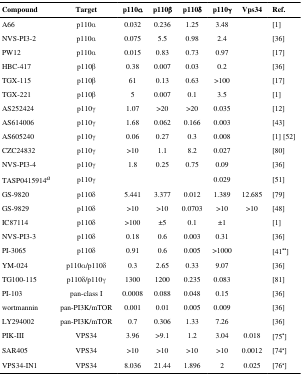
<table><thead><tr><td><b>Compound</b></td><td><b>Target</b></td><td><b>p110α</b></td><td><b>p110β</b></td><td><b>p110δ</b></td><td><b>p110γ</b></td><td><b>Vps34</b></td><td><b>Ref.</b></td></tr></thead><tbody><tr><td>A66</td><td>p110α</td><td>0.032</td><td>0.236</td><td>1.25</td><td>3.48</td><td></td><td>[1]</td></tr><tr><td>NVS-PI3-2</td><td>p110α</td><td>0.075</td><td>5.5</td><td>0.98</td><td>2.4</td><td></td><td>[36]</td></tr><tr><td>PW12</td><td>p110α</td><td>0.015</td><td>0.83</td><td>0.73</td><td>0.97</td><td></td><td>[17]</td></tr><tr><td>HBC-417</td><td>p110β</td><td>0.38</td><td>0.007</td><td>0.03</td><td>0.2</td><td></td><td>[36]</td></tr><tr><td>TGX-115</td><td>p110β</td><td>61</td><td>0.13</td><td>0.63</td><td>&gt;100</td><td></td><td>[17]</td></tr><tr><td>TGX-221</td><td>p110β</td><td>5</td><td>0.007</td><td>0.1</td><td>3.5</td><td></td><td>[1]</td></tr><tr><td>AS252424</td><td>p110γ</td><td>1.07</td><td>&gt;20</td><td>&gt;20</td><td>0.035</td><td></td><td>[12]</td></tr><tr><td>AS614006</td><td>p110γ</td><td>1.68</td><td>0.062</td><td>0.166</td><td>0.003</td><td></td><td>[43]</td></tr><tr><td>AS605240</td><td>p110γ</td><td>0.06</td><td>0.27</td><td>0.3</td><td>0.008</td><td></td><td>[1] [52]</td></tr><tr><td>CZC24832</td><td>p110γ</td><td>&gt;10</td><td>1.1</td><td>8.2</td><td>0.027</td><td></td><td>[80]</td></tr><tr><td>NVS-PI3-4</td><td>p110γ</td><td>1.8</td><td>0.25</td><td>0.75</td><td>0.09</td><td></td><td>[36]</td></tr><tr><td>TASP0415914a</td><td>p110γ</td><td></td><td></td><td></td><td>0.029</td><td></td><td>[51]</td></tr><tr><td>GS-9820</td><td>p110δ</td><td>5.441</td><td>3.377</td><td>0.012</td><td>1.389</td><td>12.685</td><td>[79]</td></tr><tr><td>GS-9829</td><td>p110δ</td><td>&gt;10</td><td>&gt;10</td><td>0.0703</td><td>&gt;10</td><td>&gt;10</td><td>[48]</td></tr><tr><td>IC87114</td><td>p110δ</td><td>&gt;100</td><td>±5</td><td>0.1</td><td>±1</td><td></td><td>[1]</td></tr><tr><td>NVS-PI3-3</td><td>p110δ</td><td>0.18</td><td>0.6</td><td>0.003</td><td>0.31</td><td></td><td>[36]</td></tr><tr><td>PI-3065</td><td>p110δ</td><td>0.91</td><td>0.6</td><td>0.005</td><td>&gt;1000</td><td></td><td>[41<sup>••</sup>]</td></tr><tr><td>YM-024</td><td>p110α/p110δ</td><td>0.3</td><td>2.65</td><td>0.33</td><td>9.07</td><td></td><td>[36]</td></tr><tr><td>TG100-115</td><td>p110δ/p110γ</td><td>1300</td><td>1200</td><td>0.235</td><td>0.083</td><td></td><td>[81]</td></tr><tr><td>PI-103</td><td>pan-class I</td><td>0.0008</td><td>0.088</td><td>0.048</td><td>0.15</td><td></td><td>[36]</td></tr><tr><td>wortmannin</td><td>pan-PI3K/mTOR</td><td>0.001</td><td>0.01</td><td>0.005</td><td>0.009</td><td></td><td>[36]</td></tr><tr><td>LY294002</td><td>pan-PI3K/mTOR</td><td>0.7</td><td>0.306</td><td>1.33</td><td>7.26</td><td></td><td>[36]</td></tr><tr><td>PIK-III</td><td>VPS34</td><td>3.96</td><td>&gt;9.1</td><td>1.2</td><td>3.04</td><td>0.018</td><td>[75<sup>•</sup>]</td></tr><tr><td>SAR405</td><td>VPS34</td><td>&gt;10</td><td>&gt;10</td><td>&gt;10</td><td>&gt;10</td><td>0.0012</td><td>[74<sup>•</sup>]</td></tr><tr><td>VPS34-IN1</td><td>VPS34</td><td>8.036</td><td>21.44</td><td>1.896</td><td>2</td><td>0.025</td><td>[76<sup>•</sup>]</td></tr></tbody></table>